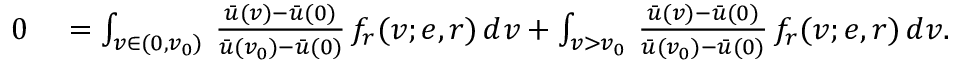
\begin{array} { r l } { 0 } & { { } = \int _ { v \in ( 0 , v _ { 0 } ) } \, \frac { \bar { u } ( v ) - \bar { u } ( 0 ) } { \bar { u } ( v _ { 0 } ) - \bar { u } ( 0 ) } \, f _ { r } ( v ; e , r ) \, d v + \int _ { v > v _ { 0 } } \, \frac { \bar { u } ( v ) - \bar { u } ( 0 ) } { \bar { u } ( v _ { 0 } ) - \bar { u } ( 0 ) } \, f _ { r } ( v ; e , r ) \, d v . } \end{array}